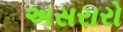
અસરારો